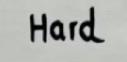
Hard